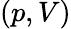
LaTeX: (p,V)